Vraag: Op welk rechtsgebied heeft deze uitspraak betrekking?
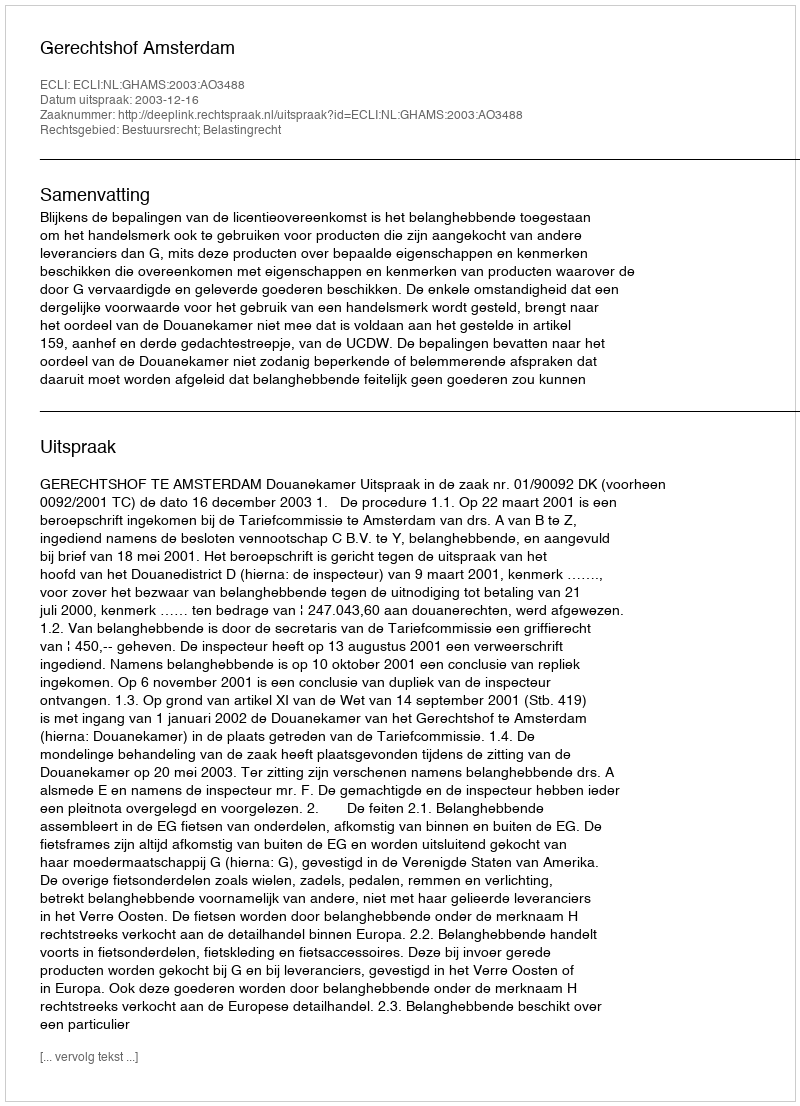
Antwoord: Bestuursrecht; Belastingrecht